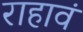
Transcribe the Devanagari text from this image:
राहावं